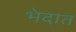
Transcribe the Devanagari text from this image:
भेदात